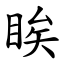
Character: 䀵